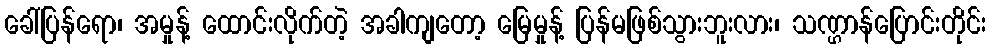
ခေါ်ပြန်ရော၊ အမှုန့် ထောင်းလိုက်တဲ့ အခါကျတော့ မြေမှုန့် ပြန်မဖြစ်သွားဘူးလား၊ သဏ္ဌာန်ပြောင်းတိုင်း